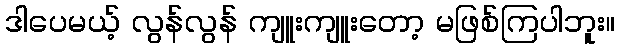
ဒါပေမယ့် လွန်လွန် ကျူးကျူးတော့ မဖြစ်ကြပါဘူး။